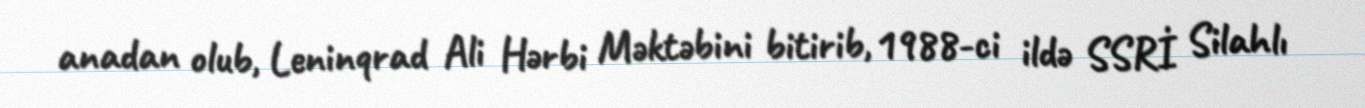
anadan olub, Leninqrad Ali Hərbi Məktəbini bitirib, 1988-ci ildə SSRİ Silahlı